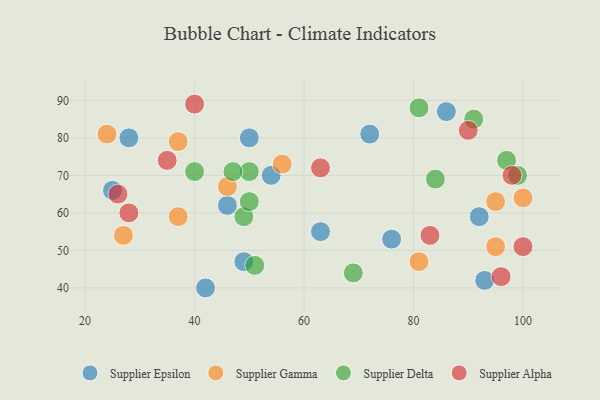
{"axis": {"x": "GDP", "y": "Life Expectancy"}, "legend": ["Supplier Alpha", "Supplier Delta", "Supplier Epsilon", "Supplier Gamma"], "data": [{"x": "25", "y": 66, "type": "Supplier Epsilon"}, {"x": "49", "y": 47, "type": "Supplier Epsilon"}, {"x": "72", "y": 81, "type": "Supplier Epsilon"}, {"x": "93", "y": 42, "type": "Supplier Epsilon"}, {"x": "86", "y": 87, "type": "Supplier Epsilon"}, {"x": "76", "y": 53, "type": "Supplier Epsilon"}, {"x": "92", "y": 59, "type": "Supplier Epsilon"}, {"x": "54", "y": 70, "type": "Supplier Epsilon"}, {"x": "50", "y": 80, "type": "Supplier Epsilon"}, {"x": "46", "y": 62, "type": "Supplier Epsilon"}, {"x": "28", "y": 80, "type": "Supplier Epsilon"}, {"x": "63", "y": 55, "type": "Supplier Epsilon"}, {"x": "42", "y": 40, "type": "Supplier Epsilon"}, {"x": "56", "y": 73, "type": "Supplier Gamma"}, {"x": "27", "y": 54, "type": "Supplier Gamma"}, {"x": "95", "y": 51, "type": "Supplier Gamma"}, {"x": "24", "y": 81, "type": "Supplier Gamma"}, {"x": "46", "y": 67, "type": "Supplier Gamma"}, {"x": "37", "y": 59, "type": "Supplier Gamma"}, {"x": "37", "y": 79, "type": "Supplier Gamma"}, {"x": "81", "y": 47, "type": "Supplier Gamma"}, {"x": "100", "y": 64, "type": "Supplier Gamma"}, {"x": "95", "y": 63, "type": "Supplier Gamma"}, {"x": "84", "y": 69, "type": "Supplier Delta"}, {"x": "69", "y": 44, "type": "Supplier Delta"}, {"x": "81", "y": 88, "type": "Supplier Delta"}, {"x": "97", "y": 74, "type": "Supplier Delta"}, {"x": "50", "y": 71, "type": "Supplier Delta"}, {"x": "47", "y": 71, "type": "Supplier Delta"}, {"x": "91", "y": 85, "type": "Supplier Delta"}, {"x": "49", "y": 59, "type": "Supplier Delta"}, {"x": "51", "y": 46, "type": "Supplier Delta"}, {"x": "40", "y": 71, "type": "Supplier Delta"}, {"x": "50", "y": 63, "type": "Supplier Delta"}, {"x": "99", "y": 70, "type": "Supplier Delta"}, {"x": "26", "y": 65, "type": "Supplier Alpha"}, {"x": "98", "y": 70, "type": "Supplier Alpha"}, {"x": "63", "y": 72, "type": "Supplier Alpha"}, {"x": "40", "y": 89, "type": "Supplier Alpha"}, {"x": "35", "y": 74, "type": "Supplier Alpha"}, {"x": "83", "y": 54, "type": "Supplier Alpha"}, {"x": "100", "y": 51, "type": "Supplier Alpha"}, {"x": "28", "y": 60, "type": "Supplier Alpha"}, {"x": "90", "y": 82, "type": "Supplier Alpha"}, {"x": "96", "y": 43, "type": "Supplier Alpha"}]}